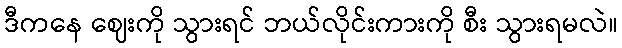
ဒီကနေ ဈေးကို သွားရင် ဘယ်လိုင်းကားကို စီး သွားရမလဲ။